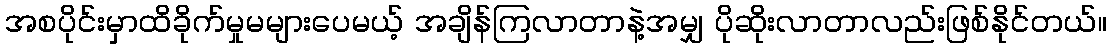
အစပိုင်းမှာထိခိုက်မှုမများပေမယ့် အချိန်ကြလာတာနဲ့အမျှ ပိုဆိုးလာတာလည်းဖြစ်နိုင်တယ်။